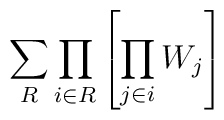
\sum_R\prod_{i\in R}\left[\prod_{j\in i}W_j\right]